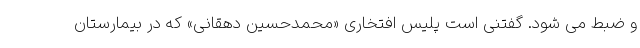
و ضبط می شود. گفتنی است پلیس افتخاری «محمدحسین دهقانی» که در بیمارستان